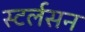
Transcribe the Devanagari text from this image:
स्टर्लसन